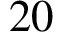
2 0